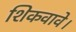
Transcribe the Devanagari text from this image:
शिकवावे।